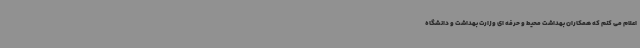
اعلام می کنم که همکاران بهداشت محیط و حرفه ای وزارت بهداشت و دانشگاه